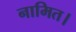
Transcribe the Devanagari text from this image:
नामित।